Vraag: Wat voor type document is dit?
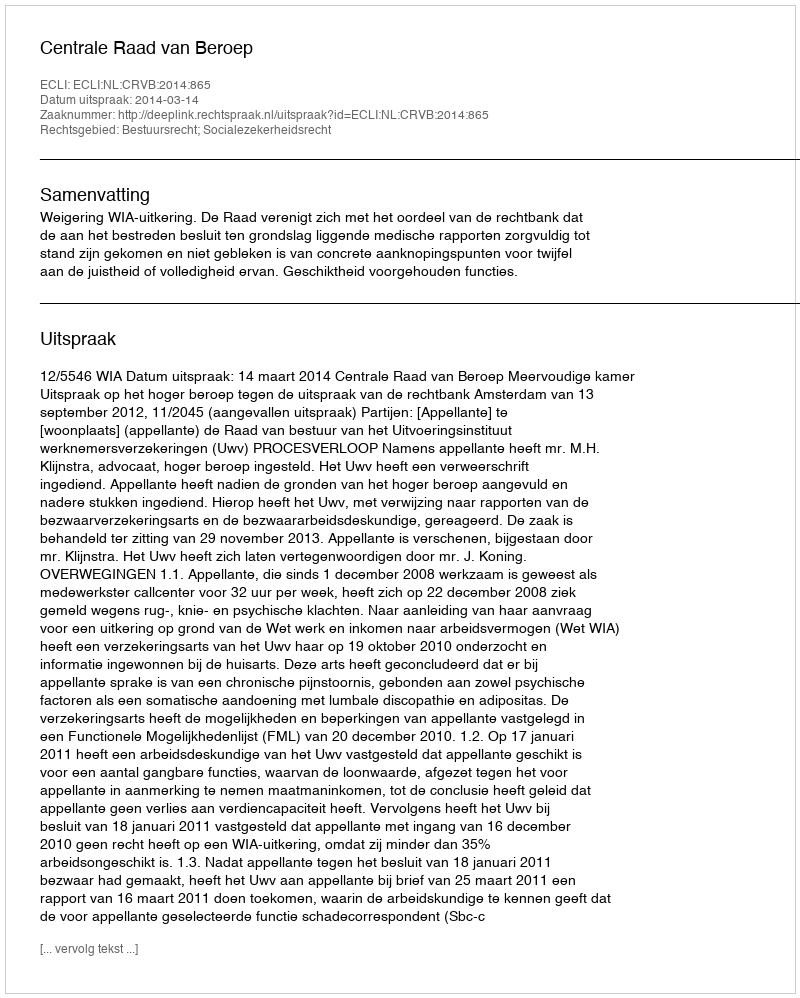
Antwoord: Uitspraak